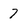
Character: 7